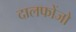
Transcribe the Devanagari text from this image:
दालफोंजो